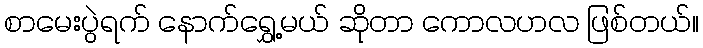
စာမေးပွဲရက် နောက်ရွှေ့မယ် ဆိုတာ ကောလဟလ ဖြစ်တယ်။